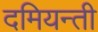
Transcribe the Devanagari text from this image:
दमियन्ती